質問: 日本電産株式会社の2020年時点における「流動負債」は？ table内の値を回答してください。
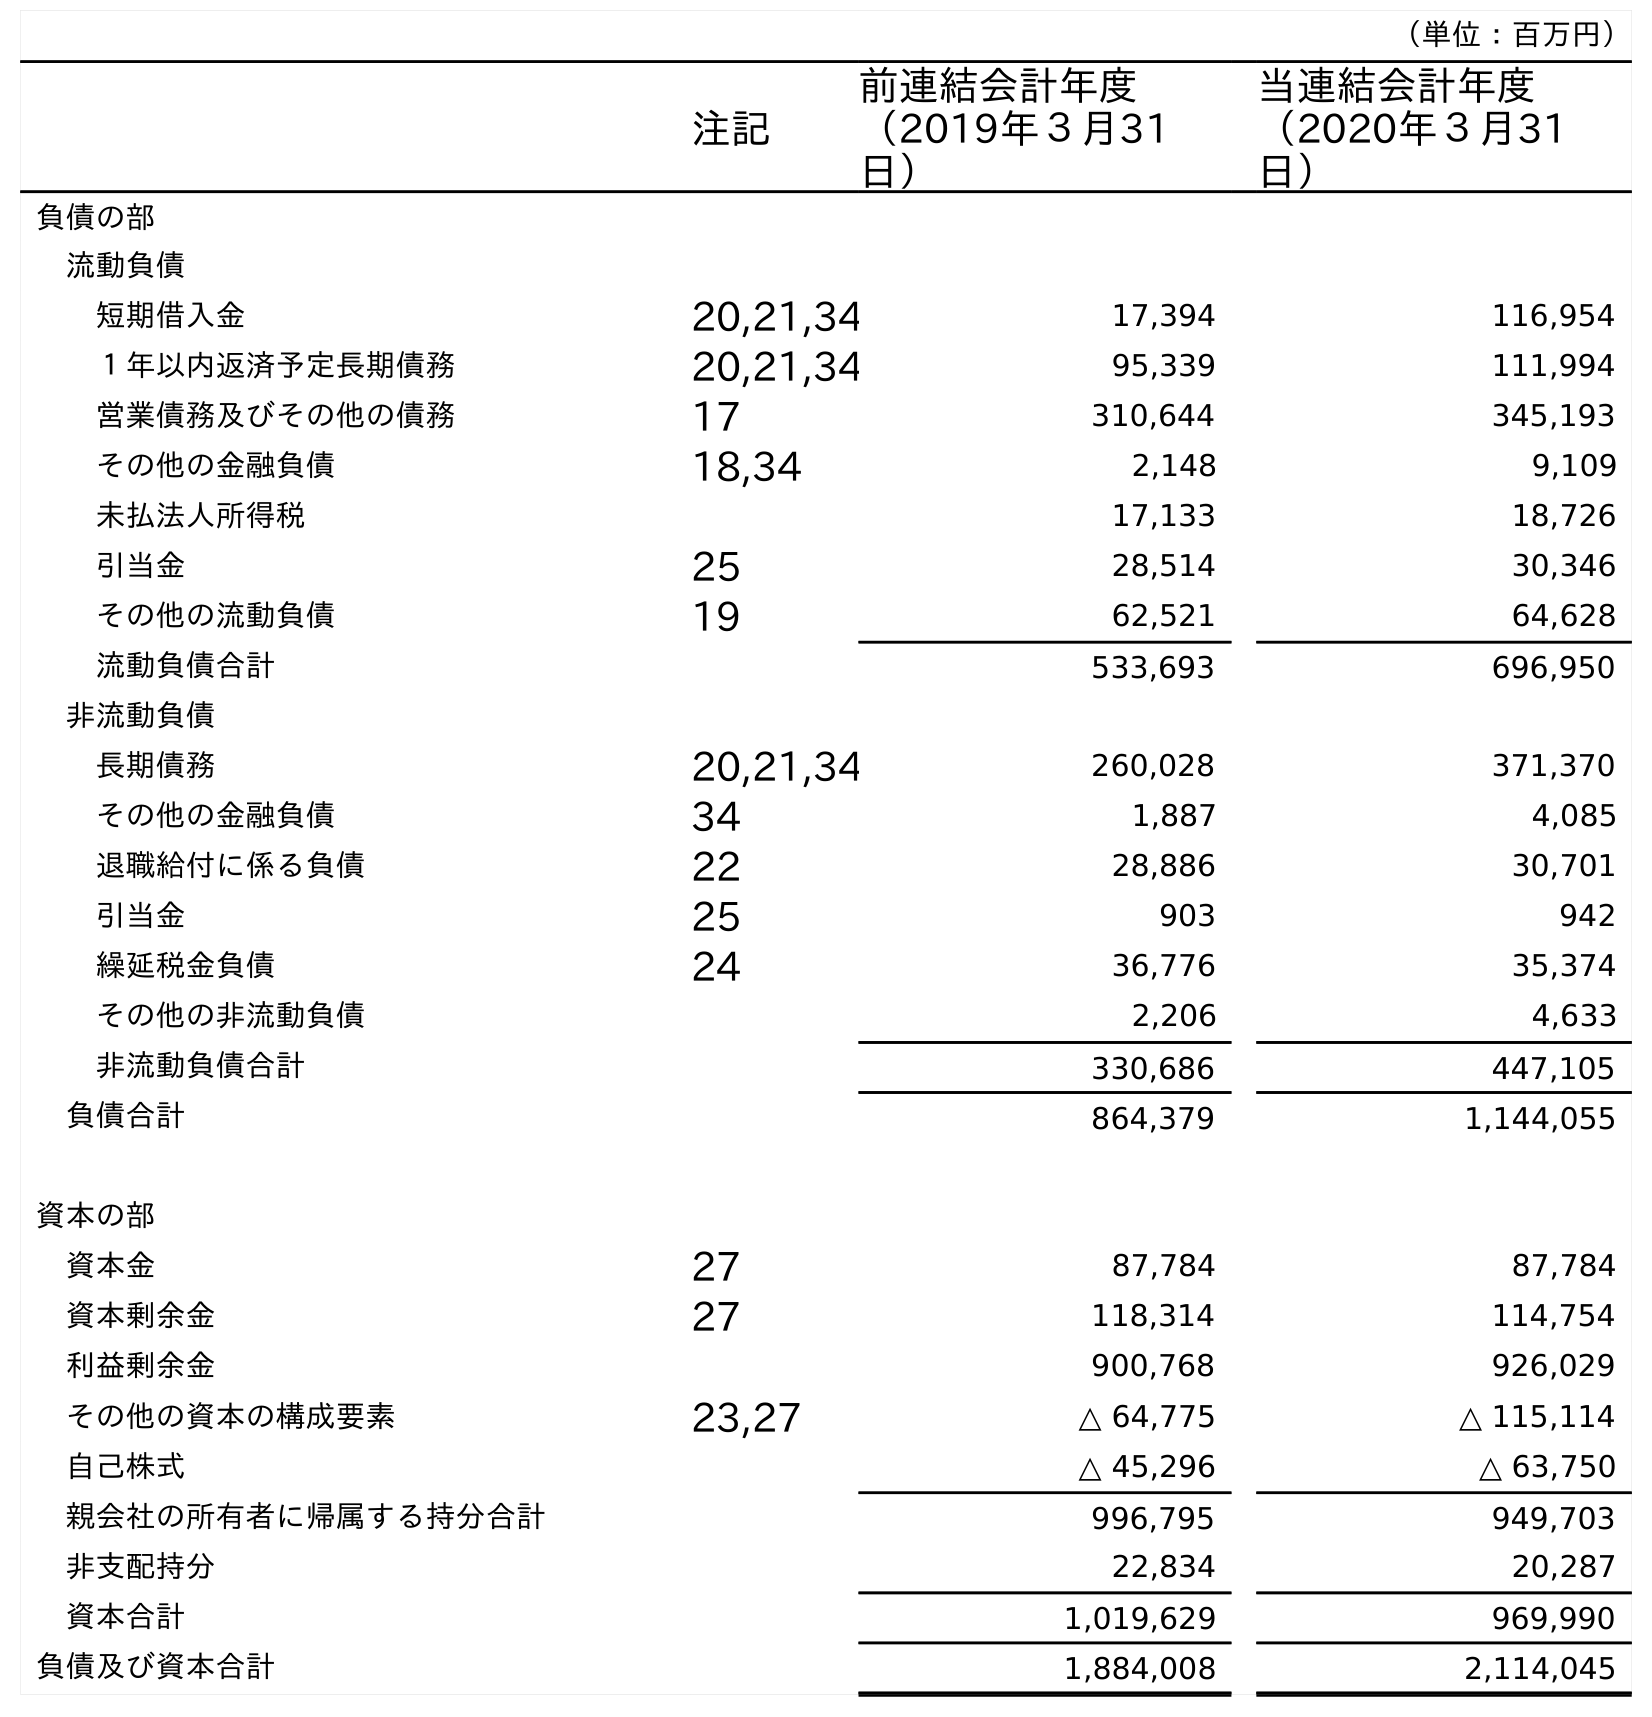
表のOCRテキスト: （単位：百万円） 注記 前連結会計年度 （2019年３月31 日） 当連結会計年度 （2020年３月31 日） 負債の部 流動負債 短期借入金 20,21,34 17,394 116,954 １年以内返済予定長期債務 20,21,34 95,339 111,994 営業債務及びその他の債務 17 310,644 345,193 その他の金融負債 18,34 2,148 9,109 未払法人所得税 17,133 18,726 引当金 25 28,514 30,346 その他の流動負債 19 62,521 64,628 流動負債合計 533,693 696,950 非流動負債 長期債務 20,21,34 260,028 371,370 その他の金融負債 34 1,887 4,085 退職給付に係る負債 22 28,886 30,701 引当金 25 903 942 繰延税金負債 24 36,776 35,374 その他の非流動負債 2,206 4,633 非流動負債合計 330,686 447,105 負債合計 864,379 1,144,055 資本の部 資本金 27 87,784 87,784 資本剰余金 27 118,314 114,754 利益剰余金 900,768 926,029 その他の資本の構成要素 23,27 △ 64,775 △ 115,114 自己株式 △ 45,296 △ 63,750 親会社の所有者に帰属する持分合計 996,795 949,703 非支配持分 22,834 20,287 資本合計 1,019,629 969,990 負債及び資本合計 1,884,008 2,114,045
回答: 696,950